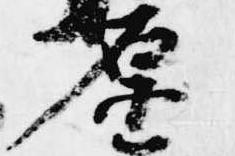
原